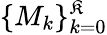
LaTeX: \{ M_{k}\} _{k=0}^{\mathfrak{K}}